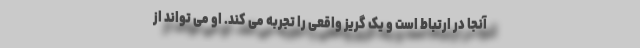
آنجا در ارتباط است و یک گریز واقعی را تجربه می کند. او می تواند از